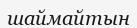
шаймайтын